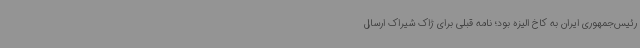
رئیس‌جمهوری ایران به کاخ الیزه بود؛ نامه قبلی برای ژاک شیراک ارسال